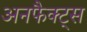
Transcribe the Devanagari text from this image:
अनफैक्ट्स